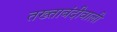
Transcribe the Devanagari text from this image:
तख्ताबंदीवाली